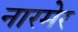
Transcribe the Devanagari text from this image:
नारमेर